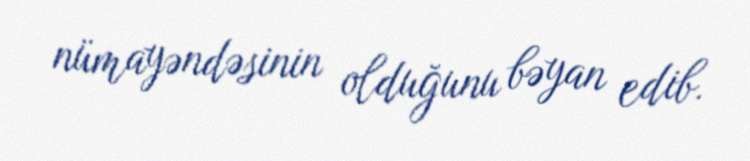
nümayəndəsinin olduğunu bəyan edib.